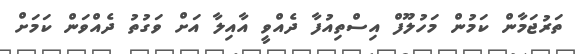
ތަރުޖަމާން ކަމުން މަހުލޫފް އިސްތިއުފާ ދެއްވީ އާއިލާ އަށް ވަގުތު ދެއްވަން ކަމަށް